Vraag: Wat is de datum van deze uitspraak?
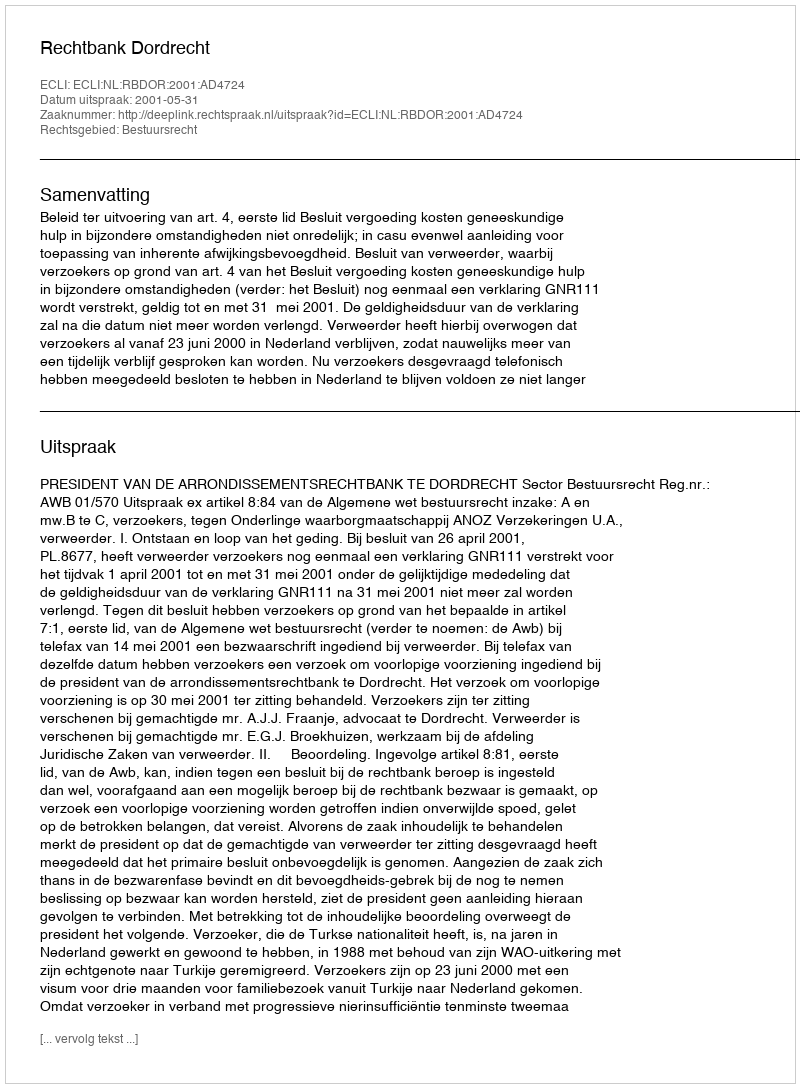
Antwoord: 2001-05-31